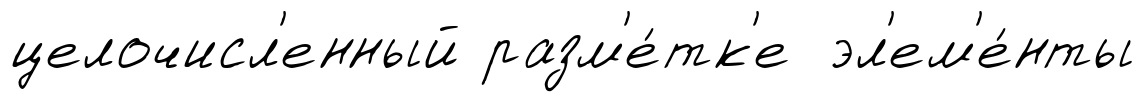
целочисл'енный разм'е́тк'е эл'ем'е́нты